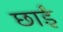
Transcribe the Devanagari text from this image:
छाईं